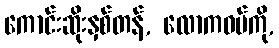
ကောင်းဆိုးနှစ်တန်, လောကဓမ်ကို,